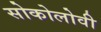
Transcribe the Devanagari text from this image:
सोकोलोवी